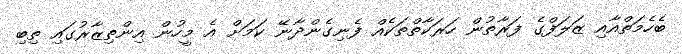
ބެހެމަތްއާއި ޒަލަފްގެ ފަރާތުން ހަރަކާތްތަކެއް ފެނިގެންދާނޭ ކަމަށް އެ މީހުން އިންތިޒާރުގައި ތިބި